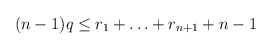
\begin{align*}(n-1) q \le r_1 + \ldots + r_{n+1} + n-1\end{align*}